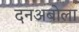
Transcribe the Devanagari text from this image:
दनअबोला